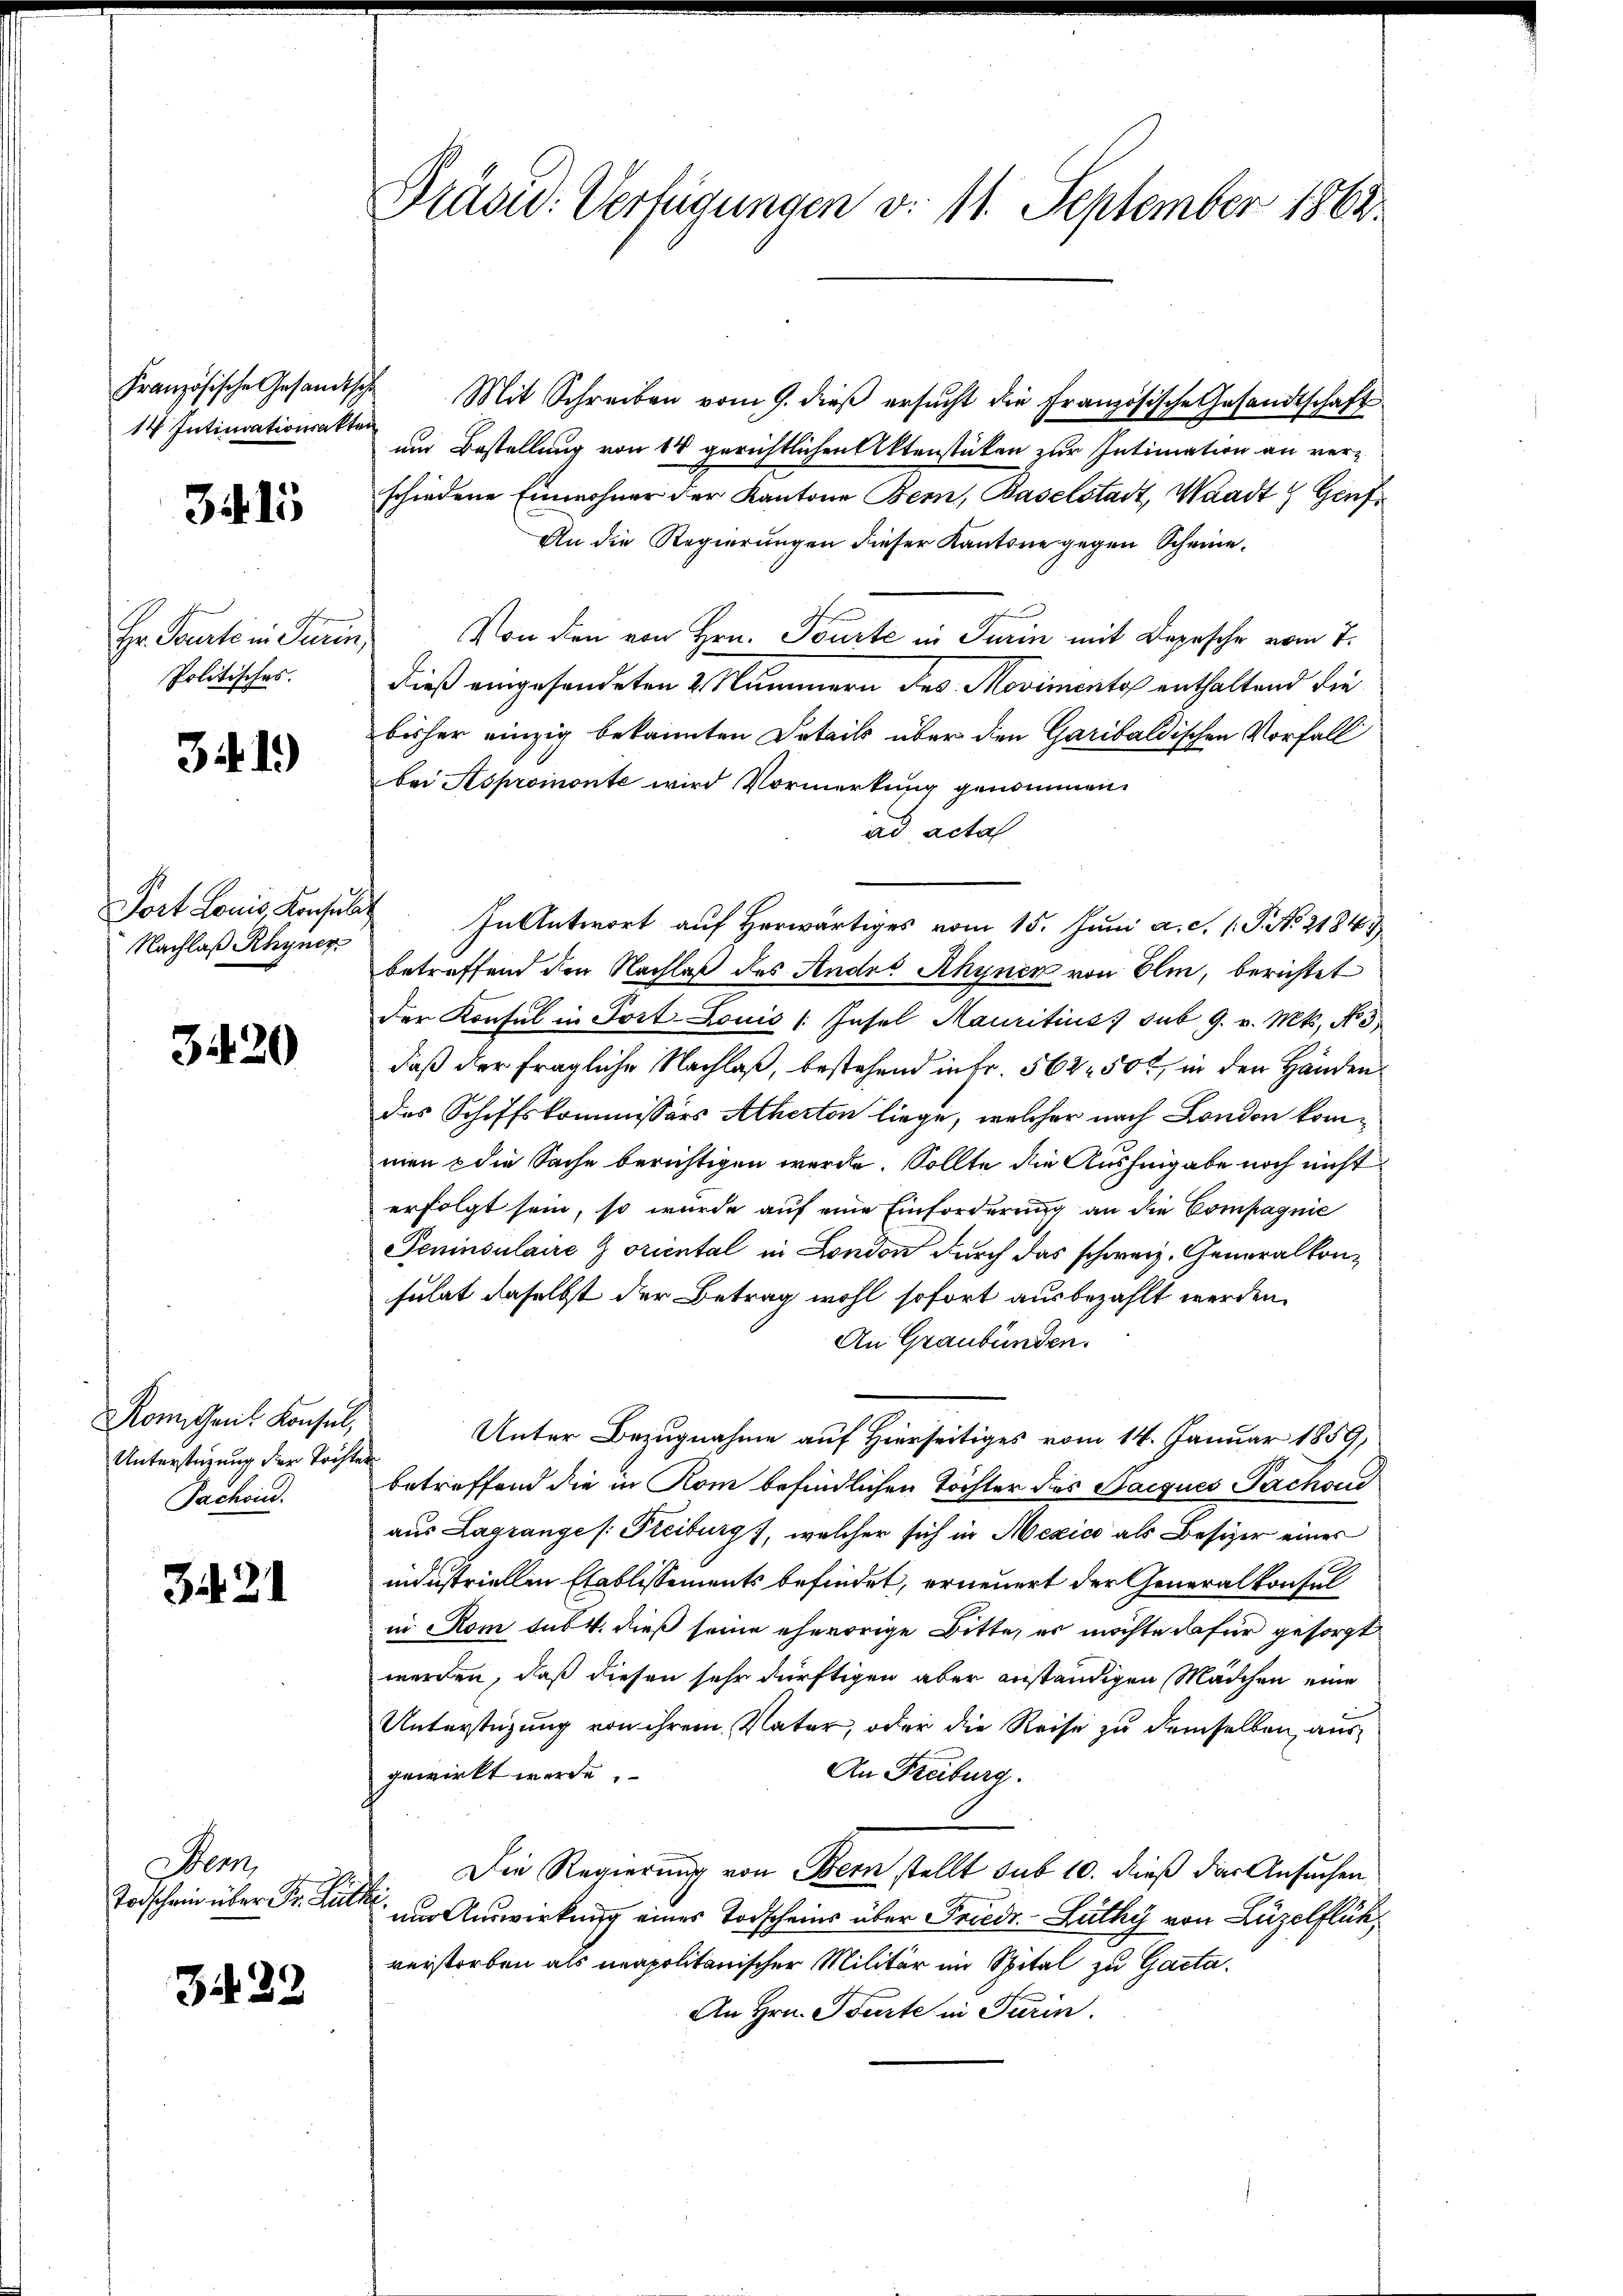
Französische Gesandtsch
14 Intimationsakte

3415

Hr. Beurte in Turin,
Politisches.

341)

Fort Louis, Konsula¬
Nachlaß Rhyner

3420

Romitans Konsul,
Unterstüzung der Tochter
Sachein.

421

Benn
Todschein über Dr. Lütz

3422

Präsid. Verfügungen d. 11. September 1862.

Mit Schreiben vom 9. dieß ersucht die Französische Gesandtschaft
nur Bestellung von 14 gerichtlichen Aktenstücken zur Intimation an verschiedene Einwohner der Kantone Bern, Baselstadt, Waadt Genf¬
An die Regierungen dieser Kantone gegen Scheine¬
Von den von Hrn. Tourte in Turin mit Depesche vom 7.
dieß eingesondeten 2 Nummern Jes. Movimento enthaltend die
bisher einzig bekannten Details über den Garibaldischen Vorfall
bei Aspromonte wird Vormerkung genommen.
ad acta
In Antwort auf Herwärtiges vom 15. Juni a.c. s. S. No 21843
betreffend den Nachlaß des Andes Rhynen von Elin, berichtet
der Konsul in Fort- Louis (Insel Mauritius sub 9. v. Mts. No 3
daß der fragliche Nachlaß, bestehend in Fr. 562 500, in den Händen
des Schiffskommissärs Atherton liege, welcher nach London kommien & die Sache berichtigen werde. Sollte die Aushingabe noch nicht
erfolgt sein, so wurde auf eine Einforderung an die Compagnie
Peninsulaire oriental in London durch das schweiz. Generalkonsulat daselbst der Betrag wohl sofort ausbezahlt werden.
An Graubünden.
Unter Bezugnahme auf Hierseitiges vom 14. Januar 1859,
betreffend die in Rom befindlichen Töchter des Jacques Sachsci
aus Lagrange /: Freiburg, welcher sich in Mexico als Besizer eines
industriellen Etablissements befindet, erneuert der Generalkonsul
in Rom sub 4. dieß seine ehevorige Bitte, es möchte dafür gesorgt
werden, daß diesen sehr dürftigen aber anständigen Mädchen eine
Unterstützung von ihrem Vater, oder die Reise zu demselben, aus
An Freiburg.
gewirkt werde.
Die Regierung von Bern stellt sub 10. dieß das Ansuchen
und Auswirkung eines Todscheins über Friedr. - Zuthy von Luzelflüh
verstorben als neapolitanischer Militär im Spital zu Gacta.
An Hrn. Toute in Turin.